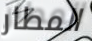
المطار